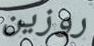
روزين